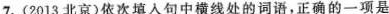
7.(2013北京)依次填入句中横线处的词语，正确的一项是